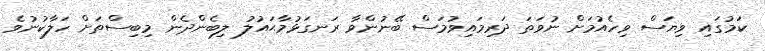
ކަމުގައި ވިޔަސް ވިހެއުމަށް ނުވަތަ ދަރިމައިވުމަސް ބޭނުންވާ ރަނގަޅުމާޙައުލު ލިބެންދެން މިބިސްތަށް ހަލާކުނުވެ